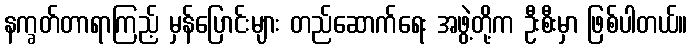
နက္ခတ်တာရာကြည့် မှန်ပြောင်းများ တည်ဆောက်ရေး အဖွဲ့တို့က ဦးစီးမှာ ဖြစ်ပါတယ်။